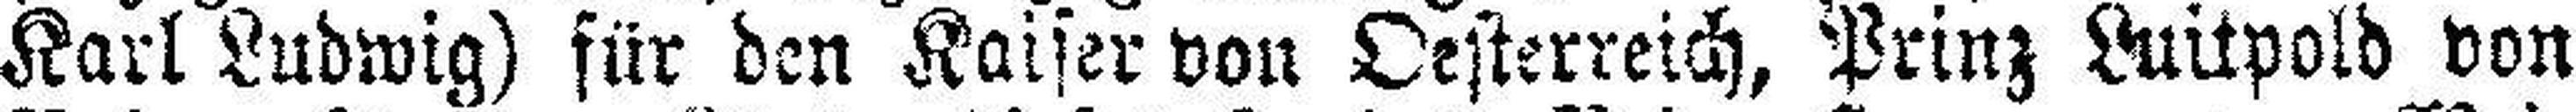
Karl Ludwig) für den Kaiser von Oesterreich, Prinz Luitpold von